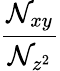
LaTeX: \frac{\mathcal{N}_{xy}}{\mathcal{N}_{z^{2}}}